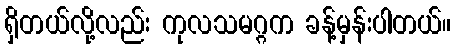
ရှိတယ်လို့လည်း ကုလသမဂ္ဂက ခန့်မှန်းပါတယ်။